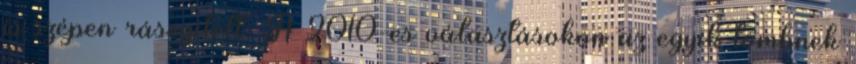
is szépen rásegített. A 2010-es választásokon az egyik tömbnek